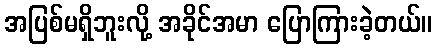
အပြစ်မရှိဘူးလို့ အခိုင်အမာ ပြောကြားခဲ့တယ်။